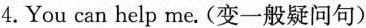
4.You can help me. (变一般疑问句)